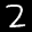
Label: 2